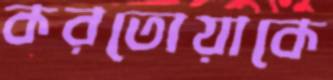
করতোয়াকে